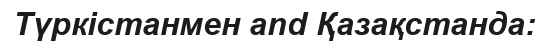
Түркістанмен and Қазақстанда: